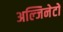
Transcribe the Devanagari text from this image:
अल्जिनेटों